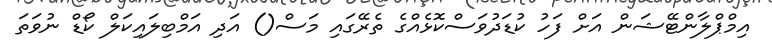
އިމްޕްލާންޓޭޝަން އަށް ފަހު ކުޑަދުވަސްކޮޅެއްގެ ތެރޭގައި މަސް() އަދި އަމްބިލައިކަލް ކޯޑް ނުވަތަ